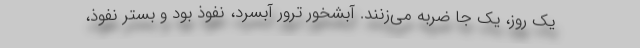
یک روز، یک جا ضربه می‌زنند. آبشخور ترور آبسرد، نفوذ بود و بستر نفوذ،